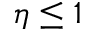
\eta \leq 1